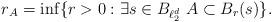
LaTeX: \begin{align*}r_{A}= \inf \lbrace r >0: \exists s \in B_{\ell^d_2} \,\, A \subset B_r(s) \rbrace.\end{align*}